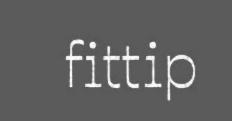
fittip